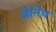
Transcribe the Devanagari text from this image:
ज़ेनिथ